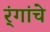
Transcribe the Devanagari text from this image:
र्ंगांचे